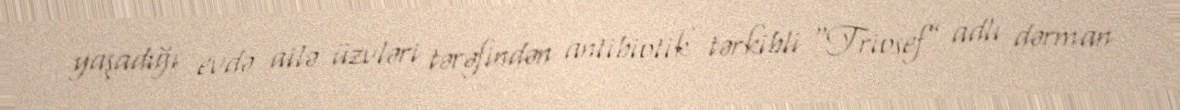
yaşadığı evdə ailə üzvləri tərəfindən antibiotik tərkibli “Triosef” adlı dərman